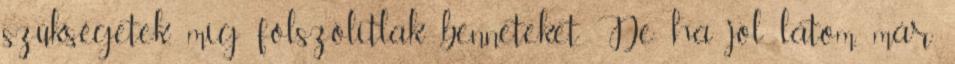
szükségetek, míg fölszólítlak benneteket. De ha jól látom, már